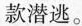
款潜逃。